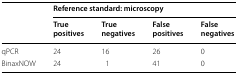
<table><thead><tr><td rowspan="2"></td><td colspan="4"><b>Reference standard: microscopy</b></td></tr><tr><td><b>True positives</b></td><td><b>True negatives</b></td><td><b>False positives</b></td><td><b>False negatives</b></td></tr></thead><tbody><tr><td>qPCR</td><td>24</td><td>16</td><td>26</td><td>0</td></tr><tr><td>BinaxNOW</td><td>24</td><td>1</td><td>41</td><td>0</td></tr></tbody></table>